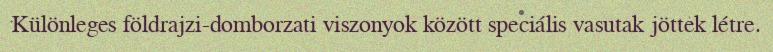
Különleges földrajzi-domborzati viszonyok között speciális vasutak jöttek létre.